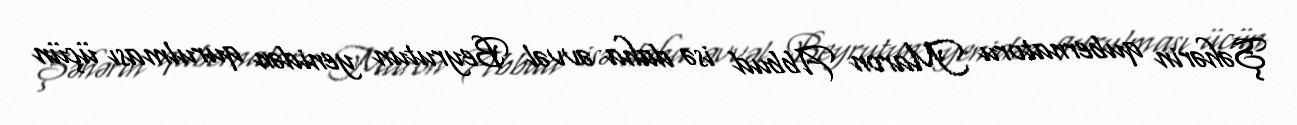
Şəhərin qubernatoru Maron Abbud isə daha əvvəl Beyrutun yenidən qurulması üçün